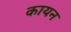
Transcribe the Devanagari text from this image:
कायन